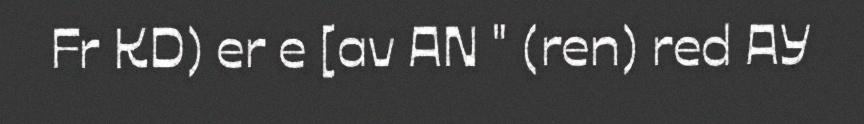
Fr KD) er e [av AN " (ren) red AY